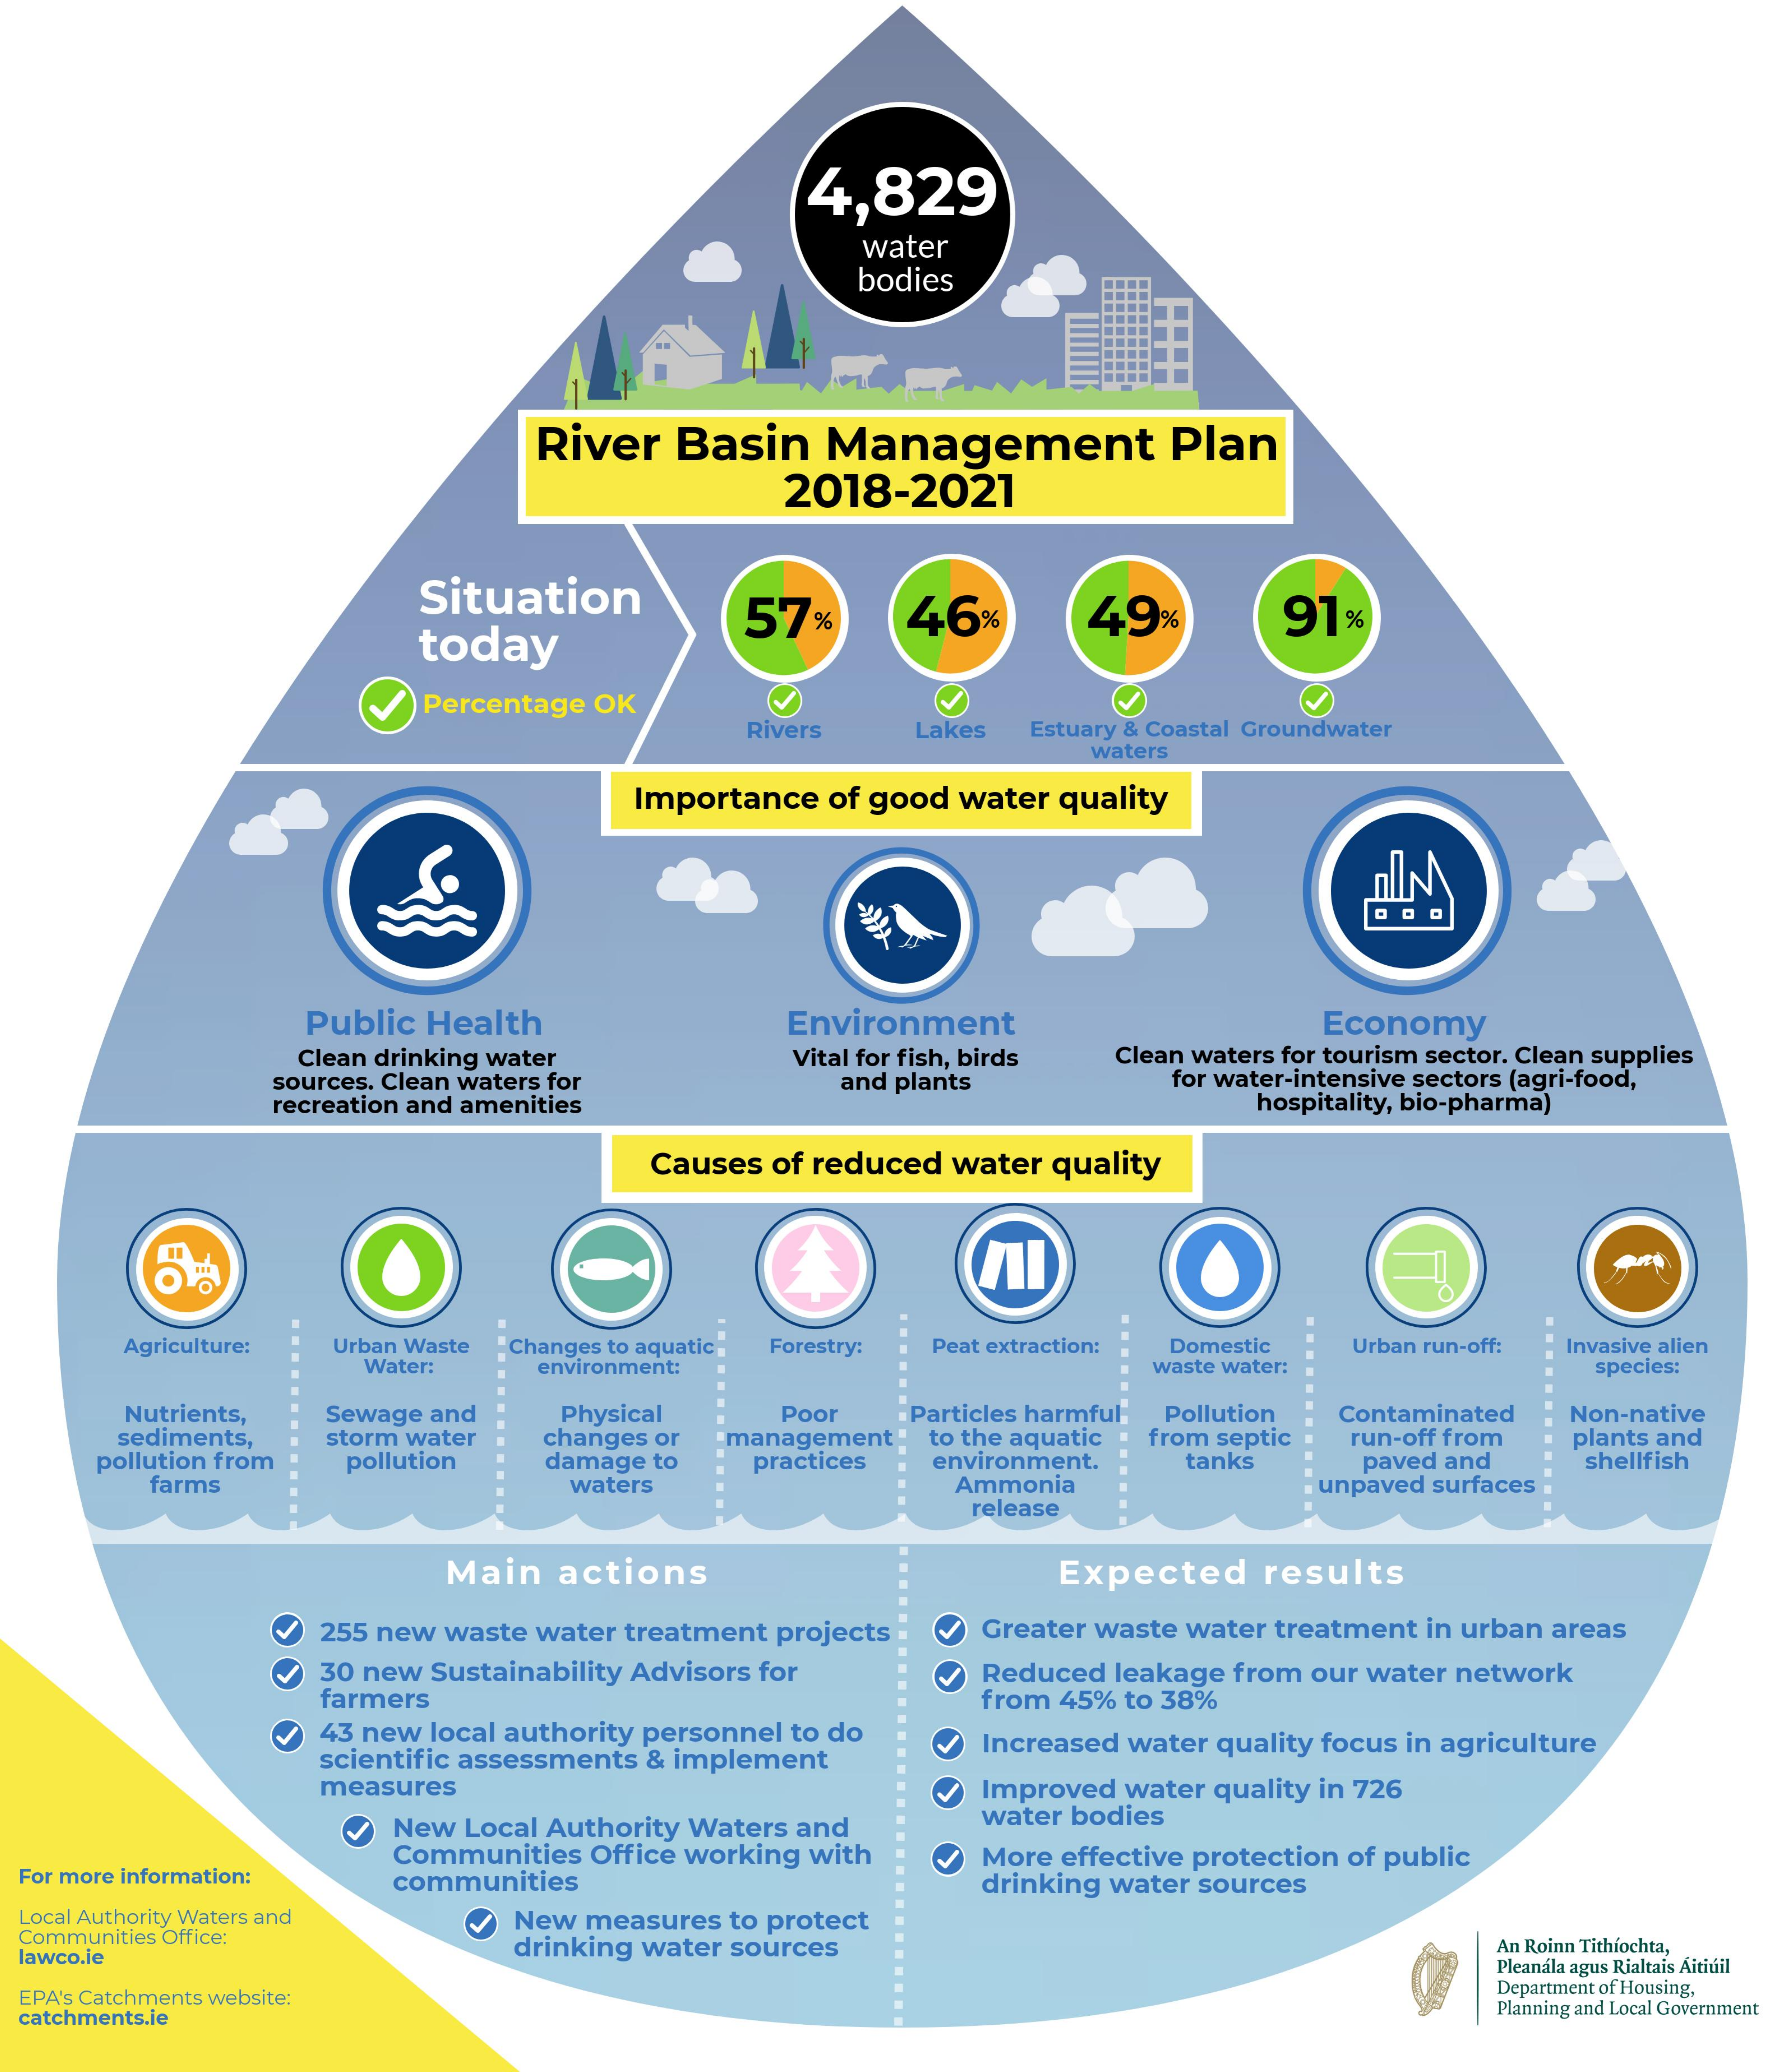
4,829
     water
     bodies
     River   Basin    Management    Plan
     2018-2021
     Situation
     today
     57%    46%    49%    91%
     Percentage OK    V
     Rivers    Lakes  Estuary & Coastal Groundwater
     waters
     Importance of good water quality
     Public Health    Environment    Economy
     Clean drinking water    Vital for fish, birds Clean waters for tourism sector. Clean supplies
     sources. Clean waters for
     recreation and amenities
     and plants    for water-intensive sectors (agri-food,
     hospitality, bio-pharma)
     Causes of reduced water quality
     ......
     Agriculture: Urban Waste Changes to aquatic Forestry: Peat extraction: Domestic Urban run-off: Invasive alien
     Water:    environment:    waste water:    species:
     Nutrients,  Sewage and    Physical    Poor   Particles harmful Pollution Contaminated Non-native
     sediments,   storm water
     pollution from
     changes or
     damage to
     management " to the aquatic
     farms
     pollution    practices  environment.
     from septic run-off from  plants and
     tanks    shellfish
     waters    Ammonia
     paved and
     unpaved surfaces
     release
     ..........
     Main  actions    Expected    results
     255 new waste water treatment projects  Greater waste water treatment in urban areas
     30 new Sustainability Advisors for
     farmers
     Reduced leakage from our water network
     from 45% to 38%
     43 new local authority personnel to do
     scientific assessments & implement
     Increased water quality focus in agriculture
     measures    Improved water quality in 726
     New Local Authority Waters and    water bodies
     More effective protection of public
  For more information:
     Communities Office working with
     communities    drinking water sources
  Local Authority Waters and
  Communities Office:
     New  measures to protect
  lawco.ie    drinking water sources    An Roinn Tithiochta,
     Pleanala agus Rialtais Aitiuil
  EPA's Catchments website:
     Department of Housing,
  catchments.ie    Planning and Local Government